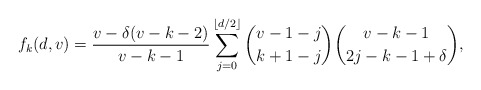
\begin{align*}f_k(d, v) = \frac{v - \delta(v-k-2)}{v-k-1}\sum_{j=0}^{\lfloor d/2 \rfloor}\binom{v-1-j}{k+1-j}\binom{v-k-1}{2j-k-1+\delta},\end{align*}